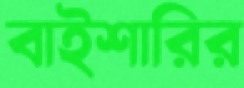
বাইশারির